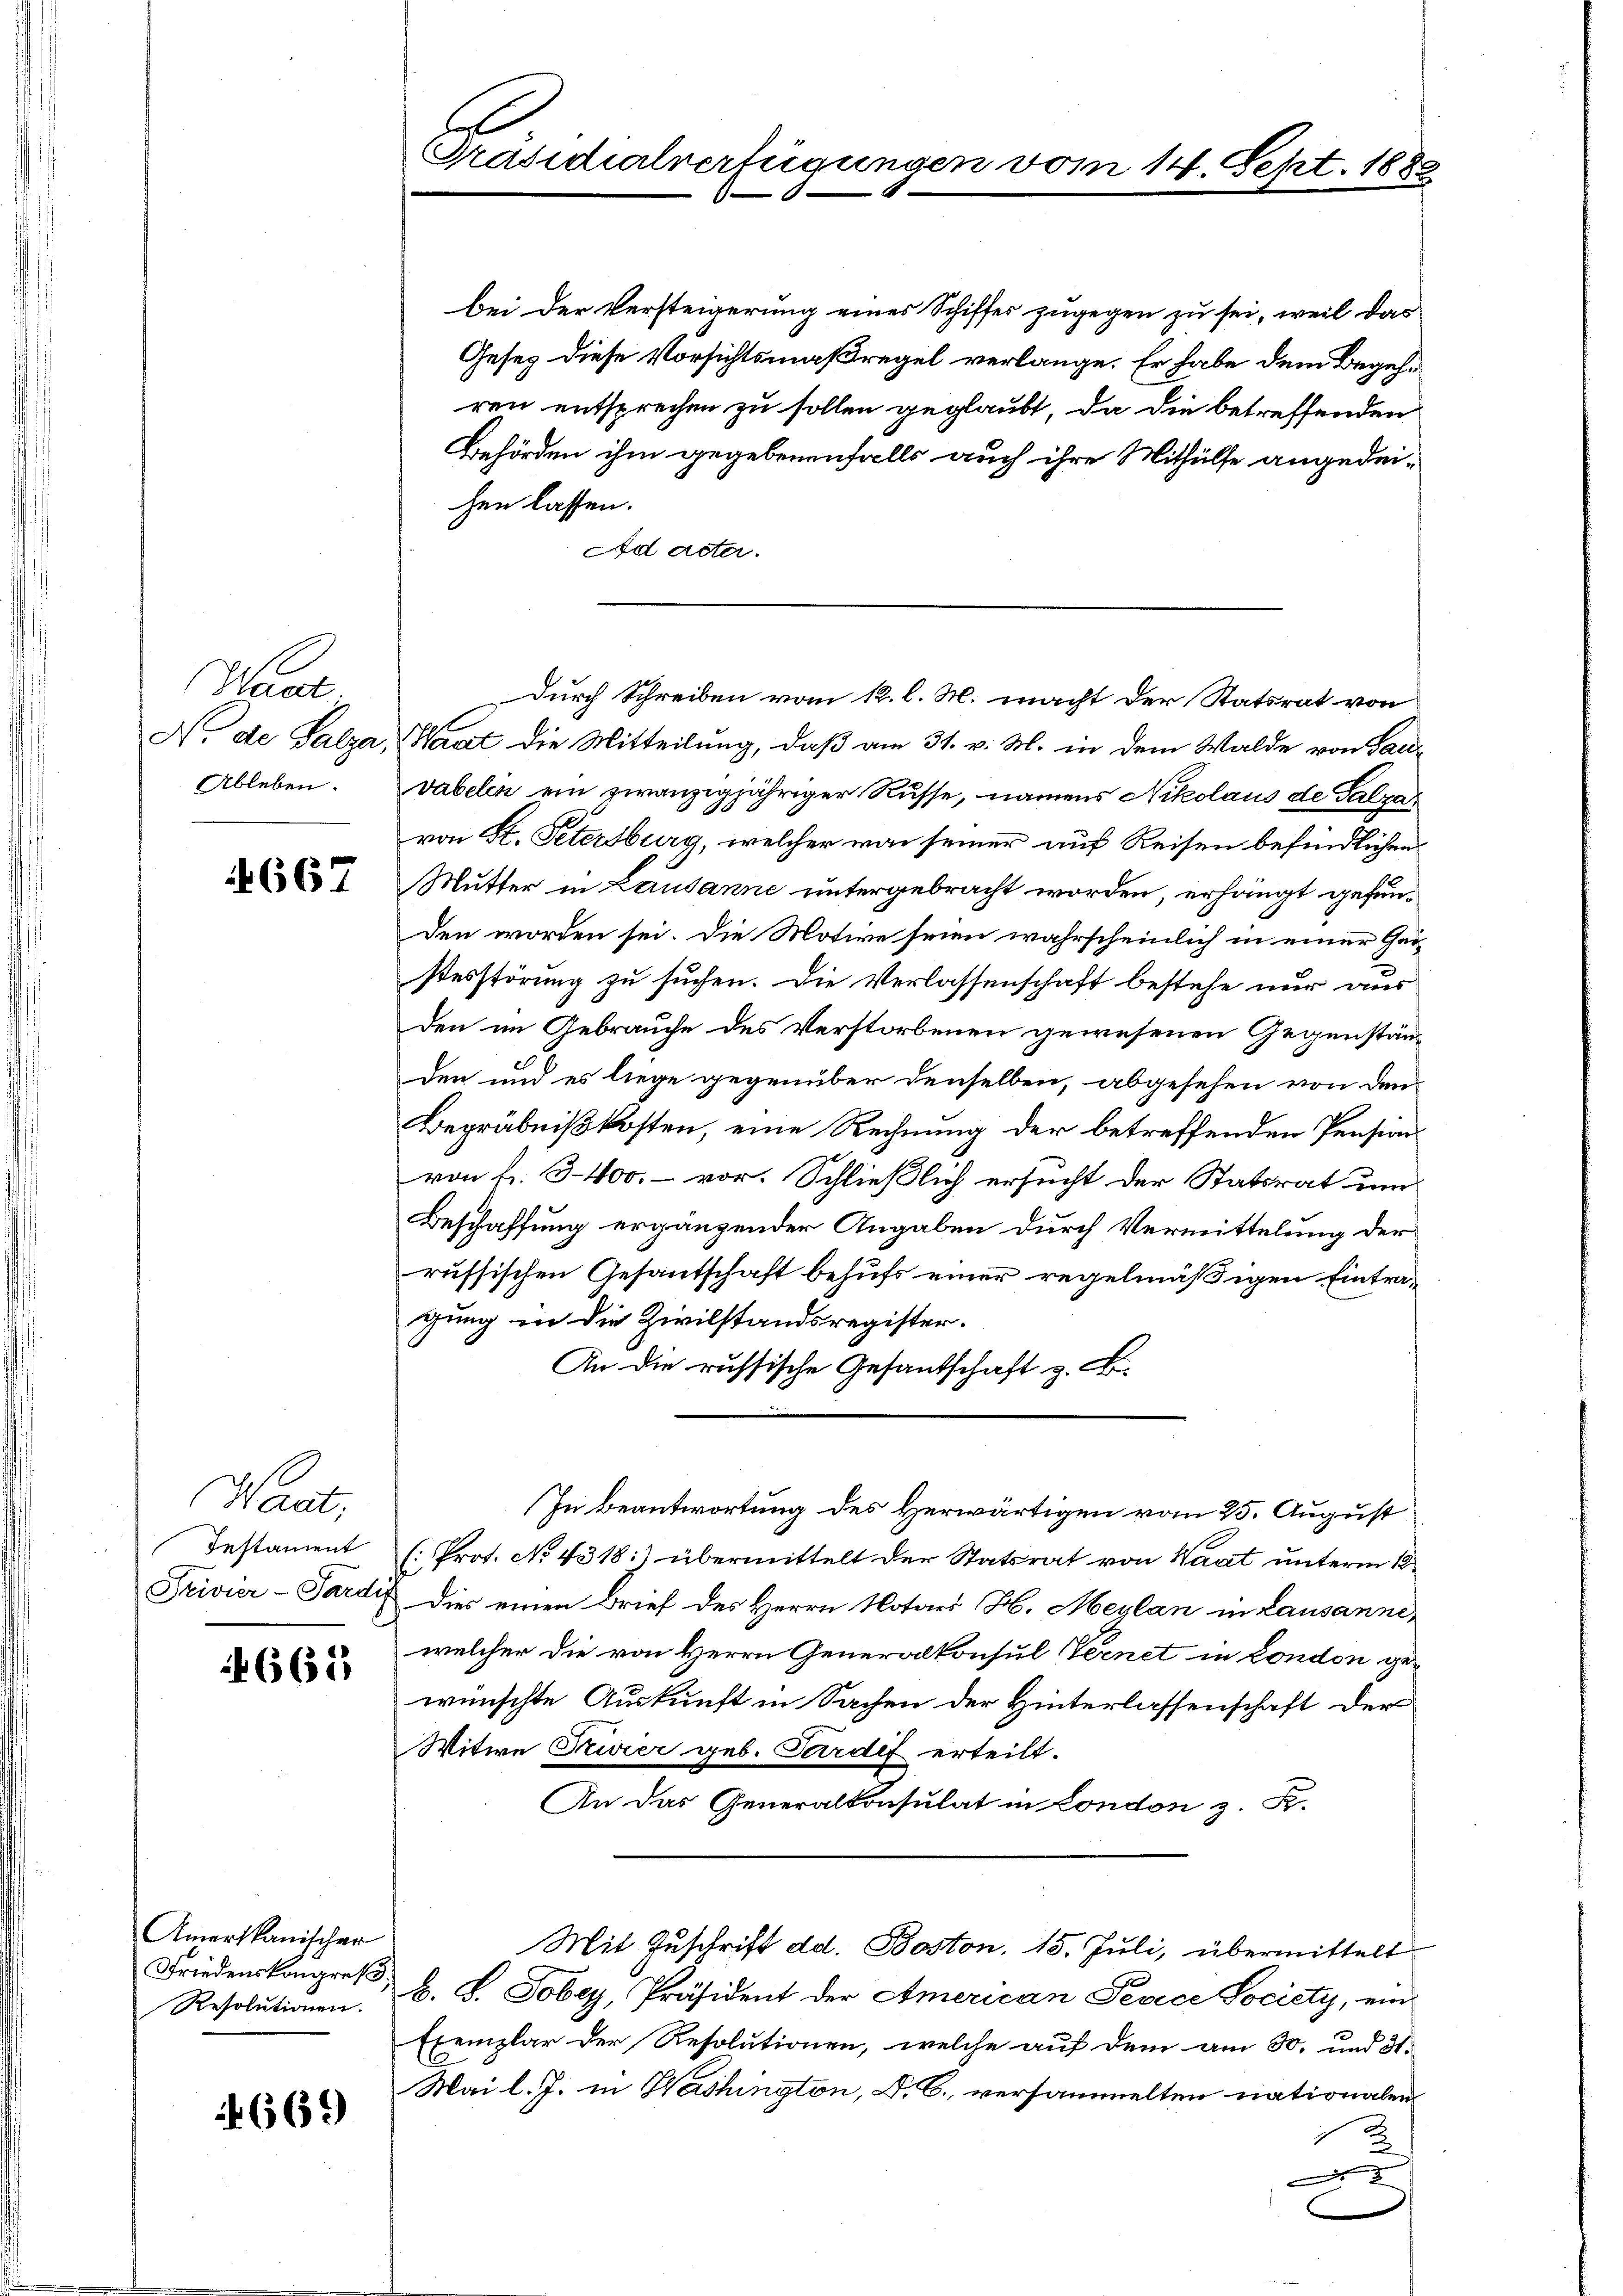
Hane
No der Salza,
Ableben.

667

Wact,
Instament
Privier-Pardis

665

Amerikanischer
Friedenskongreß,
Resolutionen.

669

b
Prasicalverfügungen vom 14. Sept. 1882

bei der Versteigerung eines Schiffes zugegen zu sei, weil das
Gesetz diese Vorsichtsmaßregel verlange. Er habe dem Begehren entsprechen zu sollen geglaubt, da die betreffenden
Behörden ihm gegebenenfalls auch ihre Mithülfe angedei-
hen lassen.
Ad acter.
Waat die Mitteilung, daß am 31. v. M. in dem Walde von Ganz
vabelen ein zwanzigjähriger Russe, namens Nikolaus de Salzar
von St. Petersburg, welcher von seiner auf Reisen befindlichen
Mutter in Lausanne untergebracht worden, erhängt gefunden worden sei. Die Motive seien wahrscheinlich in einer Geistesstörung zu suchen. Die Verlassenschaft bestehe nur aus
den im Gebrauche des Verstorbenen gewesenen Gegenständen und es liege gegenüber denselben, abgesehen von den
Begräbnißkosten, eine Rechnung der betreffenden Pension
von f. 3400. – vor. Schließlich ersucht der Statsrat um
Beschaffung ergänzender Angaben durch Vermittelung der
russischen Gesantschaft behufs einer regelmäßigen Eintragung in die Zivilstandsregister.
An die russische Gesantschaft z. B.
In Beantwortung des Herwärtigen vom 25. August
(Prot. No. 4318:) übermittelt der Statsrat von Waat unterm 18t
Dies einen Brief des Herrn Notars H. Meylan in Lausanne,
welcher die von Herrn Generalkonsul Vernet in London gewünschte Auskunft in Sachen der Hinterlassenschaft der
Witwe Zwier geb. Pardif erteilt.
An das Generalkonsulat in London z. B.
Mit Zuschrift dd. Boston, 15. Juli, übermittelt
b. S. Tobey, Präsident der American Pevice Society, ein
Exemplar der Resolutionen, welche auf dem am 30. und 3.
Mai l. J. in Washington, D. C. versammelten nationalen
2
2

Durch Schreiben vom 12. l. M. macht der Statsrat von